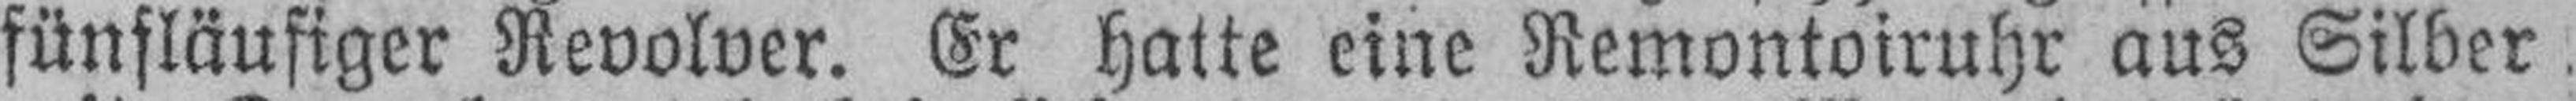
fünsläufiger Revolver. Er hatte eine Remontoiruhr aus Silber